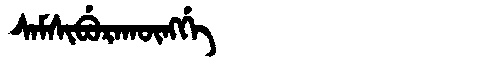
Manchu: ᠰᠠᠮᠰᡳᠪᡠᡵᠠᡴᡡᠩᡤᡝ
Romanization: SAMSIBURAKŪNGGE